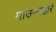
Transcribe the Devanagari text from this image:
माऊसद्वारे